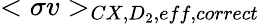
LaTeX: <\sigma v>_{CX,D_{2},eff,correct}